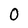
Character: 0